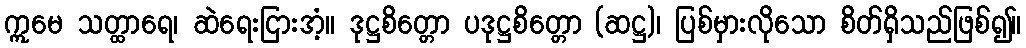
ဣမေ သတ္ထာရေ၊ ဆဲရေးငြားအံ့။ ဒုဋ္ဌစိတ္တော ပဒုဋ္ဌစိတ္တော (ဆဋ္ဌ)၊ ပြစ်မှားလိုသော စိတ်ရှိသည်ဖြစ်၍။